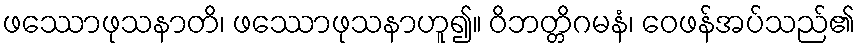
ဖဿောဖုသနာတိ၊ ဖဿောဖုသနာဟူ၍။ ဝိဘတ္တိဂမနံ၊ ဝေဖန်အပ်သည်၏